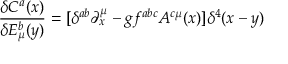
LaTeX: \frac { \delta C ^ { a } ( x ) } { \delta E _ { \mu } ^ { b } ( y ) } = [ \delta ^ { a b } \partial _ { x } ^ { \mu } - g f ^ { a b c } A ^ { c \mu } ( x ) ] \delta ^ { 4 } ( x - y )